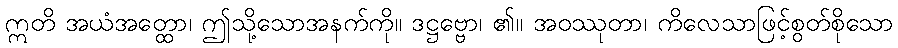
ဣတိ အယံအတ္ထော၊ ဤသို့သောအနက်ကို။ ဒဋ္ဌဗ္ဗော၊ ၏။ အဝဿုတာ၊ ကိလေသာဖြင့်စွတ်စိုသော